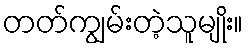
တတ်ကျွမ်းတဲ့သူမျိုး။